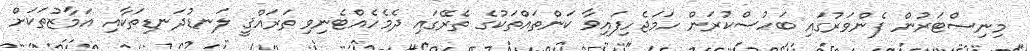
މިނިސްޓަރުން ފެންވަރުގައި ބަހުސްކުރަން ހަމަޖެހިފައިވާ ކަންތައްތަކުގެ ތެރޭގައި ދެމެހެއްޓެނިވި ތަރައްޤީ ލަނޑުދަނޑިތަކާއި އަމާޒުތަކަށް